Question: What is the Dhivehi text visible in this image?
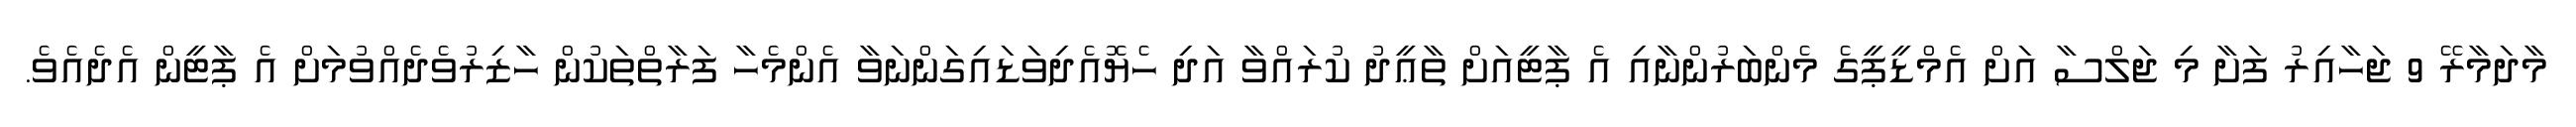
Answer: މާދަމާރޭ 9 ޖަހާއިރު ފަށާ މި ޖަލްސާ އަށް އެމްޑީޕީގެ މެންބަރުންނާއި އެ ޕާޓީއަށް ތާޢީދު ކުރައްވާ އަދި ހެޔޮއެދިވަޑައިގަންނަވާ އެންމެހާ ފަރާތްތަކުން ހާޒިރުވެދެއްވުމަށް އެ ޕާޓީން އެދެއެވެ.